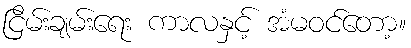
ငြိမ်းချမ်းရေး ကာလနှင့် အံမဝင်တော့။